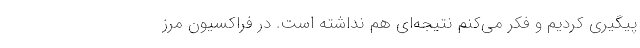
پیگیری کردیم و فکر می‌کنم نتیجه‌ای هم نداشته است. در فراکسیون مرز